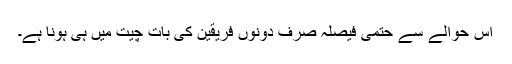
اس حوالے سے حتمی فیصلہ صرف دونوں فریقین کی بات چیت میں ہی ہونا ہے۔